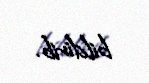
bildirib.